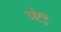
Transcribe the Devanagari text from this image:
उईगुर